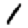
Digit: 1